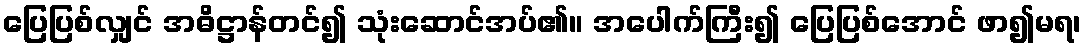
ပြေပြစ်လျှင် အဓိဋ္ဌာန်တင်၍ သုံးဆောင်အပ်၏။ အပေါက်ကြီး၍ ပြေပြစ်အောင် ဖာ၍မရ၊